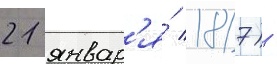
21 январ'я́ 1817) -